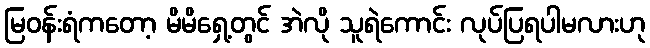
မြဝန်းရံကတော့ မိမိရှေ့တွင် အဲလို သူရဲကောင်း လုပ်ပြရပါမလားဟု